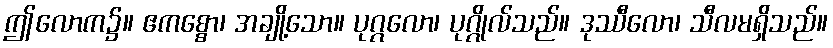
ဤလောက၌။ ဧကစ္စော၊ အချို့သော။ ပုဂ္ဂလော၊ ပုဂ္ဂိုလ်သည်။ ဒုဿီလော၊ သီလမရှိသည်။